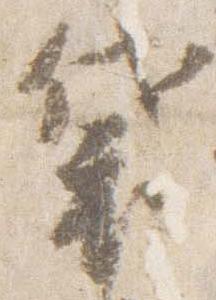
袋